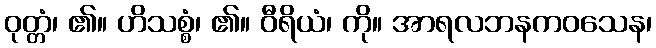
ဝုတ္တံ၊ ၏။ ဟိသစ္စံ၊ ၏။ ဝီရိယံ၊ ကို။ အာရလဘနကဝသေန၊